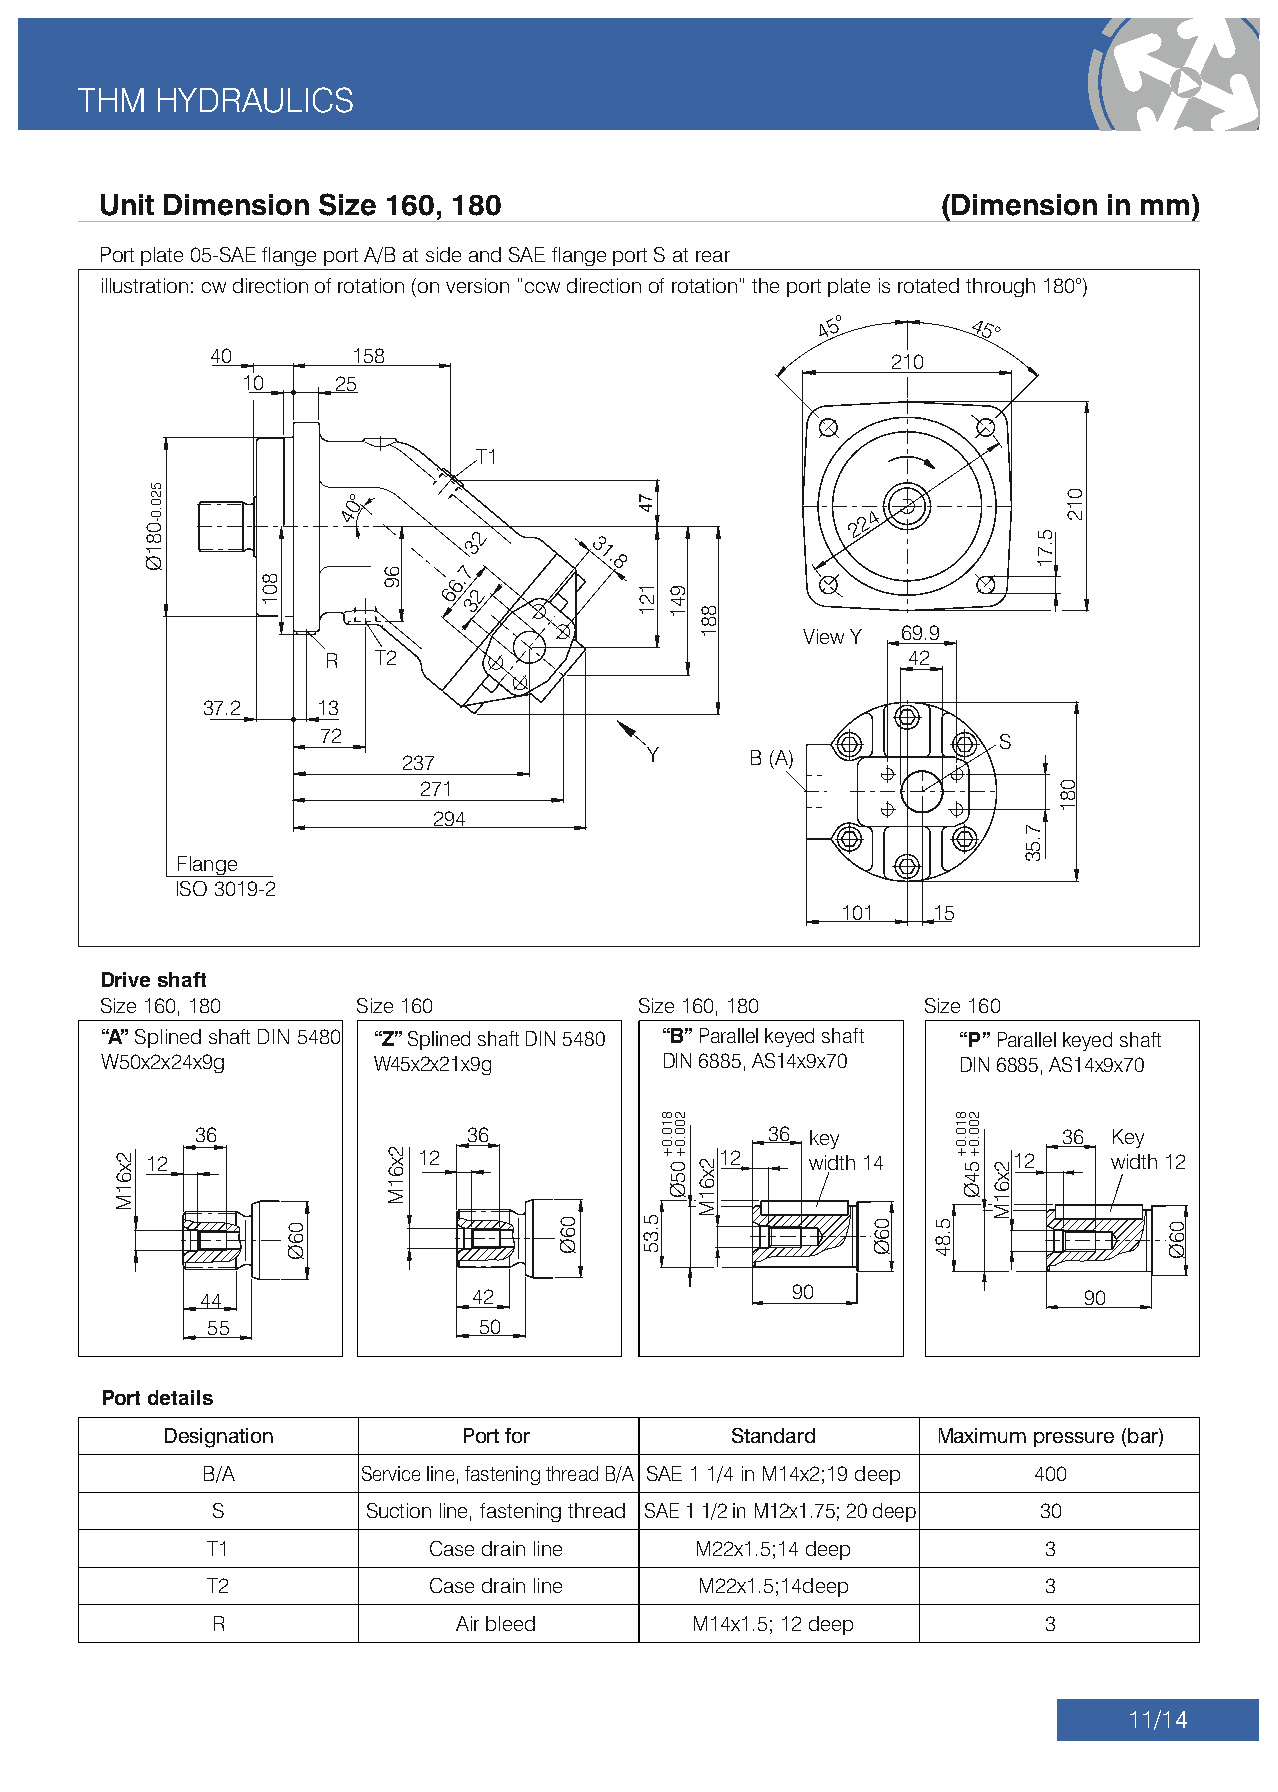
THM   HYDRAULICS
 Unit Dimension Size 160, 180                           (Dimension in mm)
 Port plate 05-SAE ange port A/B at side and SAE ange port S at rear
 illustration: cw direction of rotation (on version “ccw direction of rotation” the port plate is rotated through 180°)
 4
 5°
 45°
 40        158
 210
 10    25
 T1
 0°
 4                                 2 2 4
 2
 3       3
 1.
 7         8
 6.
 6 2
 3
 View Y 69.9
 R  T2                                 42
 37.2   13
 72
 S
 237             Y      B (A)
 271
 294
 Flange
 ISO 3019-2
 101   15
 Drive shaft
 Size 160, 180    Size 160          Size 160, 180      Size 160
 “A” Splined shaft DIN 5480 “Z” Splined shaft DIN 5480 “B” Parallel keyed shaft “P” Parallel keyed shaft
 W50x2x24x9g       W45x2x21x9g        DIN 6885, AS14x9x70 DIN 6885, AS14x9x70
 36                36                  36 key              36 Key
 12                12                  12    width 14     12     width 12
 44                42                    90                 90
 55                50
 Port details
 Designation         Port for          Standard     Maximum pressure (bar)
 B/A       Service line, fastening thread B/A SAE 1 1/4 in M14x2;19 deep 400
 S         Suction line, fastening thread SAE 1 1/2 in M12x1.75; 20 deep 30
 T1             Case drain line  M22x1.5;14 deep        3
 T2             Case drain line  M22x1.5;14deep         3
 R               Air bleed       M14x1.5; 12 deep       3
 11/14
 2x61M
 520.0-081Ø
 801
 06Ø
 69
 2x61M
 06Ø
 121
 5.35
 810.0+
 941
 200.0+05Ø
 881
 2x61M
 06Ø 5.84
 810.0+ 200.0+54Ø
 2x61M
 7.53
 5.71
 081
 012
 06Ø